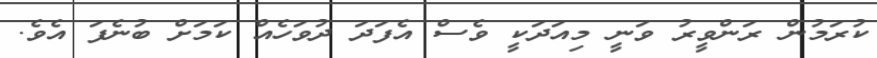
ކުރަމުން ރަންވީރު ވަނީ މިއަދަކީ ވެސް އެފަދަ ދުވަހެއް ކަމަށް ބުނެފަ އެވެ.